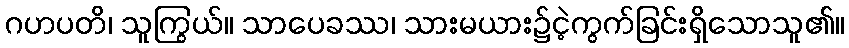
ဂဟပတိ၊ သူကြွယ်။ သာပေခဿ၊ သားမယား၌ငဲ့ကွက်ခြင်းရှိသောသူ၏။